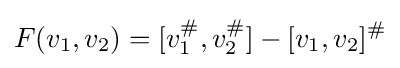
F(v_{1},v_{2})=[v_{1}^{\#},v_{2}^{\#}]-[v_{1},v_{2}]^{\#}